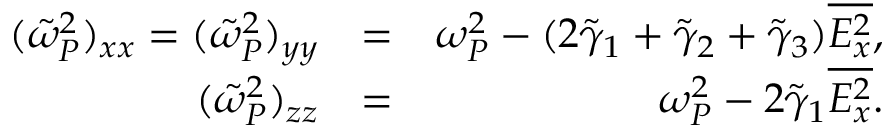
\begin{array} { r l r } { ( \tilde { \omega } _ { P } ^ { 2 } ) _ { x x } = ( \tilde { \omega } _ { P } ^ { 2 } ) _ { y y } } & { = } & { \omega _ { P } ^ { 2 } - ( 2 \tilde { \gamma } _ { 1 } + \tilde { \gamma } _ { 2 } + \tilde { \gamma } _ { 3 } ) \overline { { E _ { x } ^ { 2 } } } , } \\ { ( \tilde { \omega } _ { P } ^ { 2 } ) _ { z z } } & { = } & { \omega _ { P } ^ { 2 } - 2 \tilde { \gamma } _ { 1 } \overline { { E _ { x } ^ { 2 } } } . } \end{array}